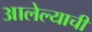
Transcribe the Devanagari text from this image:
आलेल्याची